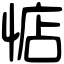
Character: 惦